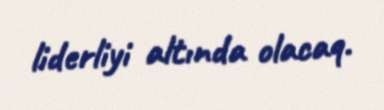
liderliyi altında olacaq.